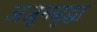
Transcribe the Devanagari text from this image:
अजूनसुद्धा